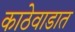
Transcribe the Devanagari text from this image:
काठेवाडात